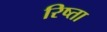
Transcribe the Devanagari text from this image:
रिष्ता